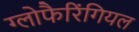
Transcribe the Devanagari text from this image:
ग्लोफैरिंगियल